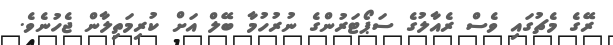
ރޭގެ މެޗުގައި ވެސް ރެއާލުގެ ސަޕޯޓަރުންގެ ނުރުހުމާ ބޭލް އަށް ކުރިމަތިލާން ޖެހުނެވެ.